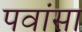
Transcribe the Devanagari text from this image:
पवांसा